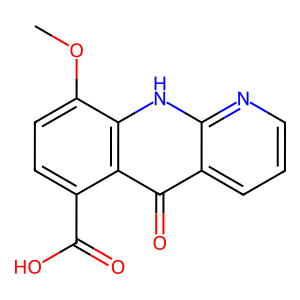
SMILES: COc1ccc(C(=O)O)c2c(=O)c3cccnc3[nH]c12
Inhibits HIV replication: No